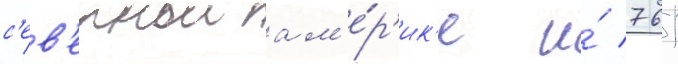
с'ев'ернои ам'е́р'ик'е и́ 761